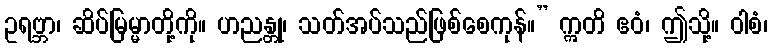
ဥရဗ္ဘာ၊ ဆိပ်မြမ္မာတို့ကို။ ဟညန္တု၊ သတ်အပ်သည်ဖြစ်စေကုန်။” ဣတိ ဧဝံ၊ ဤသို့။ ဝါစံ၊